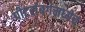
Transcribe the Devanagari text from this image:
पीटर्सबर्गमध्येच